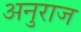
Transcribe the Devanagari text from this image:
अनुराज